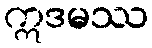
ဣဒမဿ